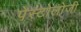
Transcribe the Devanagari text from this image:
पेस्टोलोजी